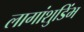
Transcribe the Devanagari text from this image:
लागांशुडिंभ